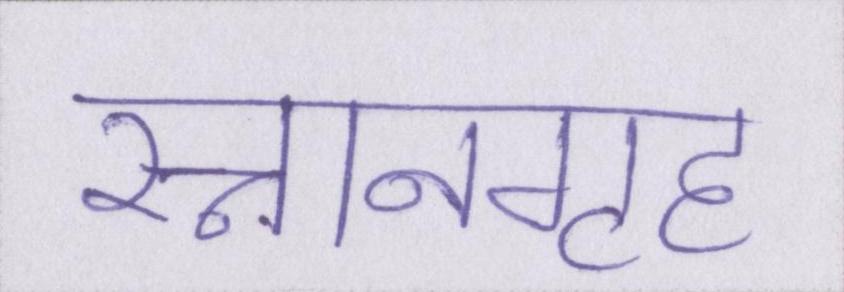
स्नानगृह